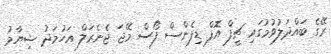
ރޭގެ ބައްދަލުވުމުގައި ޗީފް އޮފް ޑިފެންސް ފޯސް މޭޖަ ޖެނެރަލް އަހުމަދު ޝިޔާމު